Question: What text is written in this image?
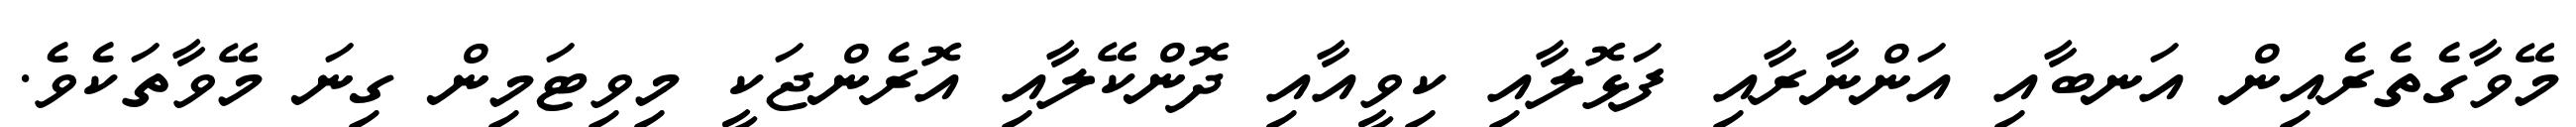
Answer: މޭވާގެތެރެއިން އަނބާއި އަންނާރާއި ފަޅޮލާއި ކިވީއާއި ދޮންކޭލާއި އޮރެންޖަކީ މިވިޓަމިން ގިނަ މޭވާތަކެވެ.